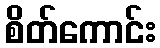
စိတ်ကောင်း